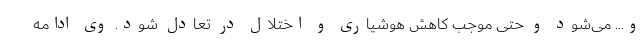
و... می‌شود و حتی موجب کاهش هوشیاری و اختلال در تعادل شود. وی ادامه